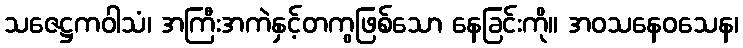
သဇေဋ္ဌကဝါသံ၊ အကြီးအကဲနှင့်တကွဖြစ်သော နေခြင်းကို။ အဝသနေဝသေန၊